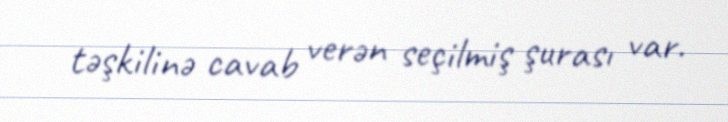
təşkilinə cavab verən seçilmiş şurası var.